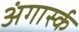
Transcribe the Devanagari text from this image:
अंगार्स्क